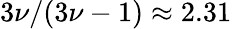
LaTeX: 3\nu/(3\nu-1)\approx 2.31